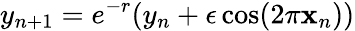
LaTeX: y_{n+1}=e^{-r}(y_{n}+\epsilon\cos(2\pi\mathbf{x}_{n}))